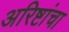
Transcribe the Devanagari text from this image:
अरिष्टांचा